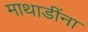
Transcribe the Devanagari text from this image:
माथाडींना